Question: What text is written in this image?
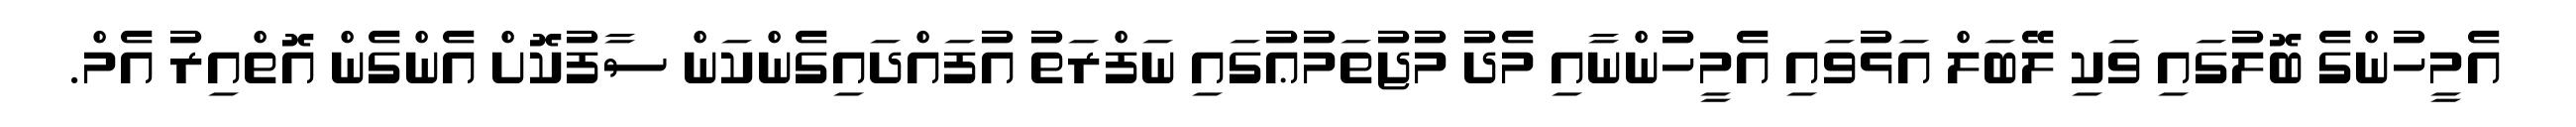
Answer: އެމީހުންގެ ބޮލުގައި ވަކި ލޭބަލް އަޅުވައި އެމީހުންނާއި މެދު މުޖުތަމުޢުގައި ނަފްރަތު އުފައްދައިގެންކަން ސާފުކޮށް އެންގެން އޮތްއިރު އެމް.